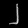
Digit: ၂